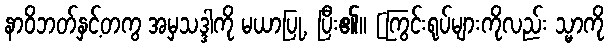
နာဝိဘတ်နှင့်တကွ အမှသဒ္ဒါကို မယာပြု, ပြီး၏။ [ကြွင်းရုပ်များကိုလည်း သ္မာကို